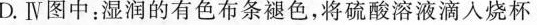
D.Ⅳ图中：湿润的有色布条褪色，将硫酸溶液滴入烧杯